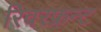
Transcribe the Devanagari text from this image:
रिवरफ्रन्ट